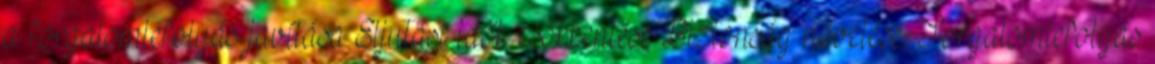
a forgalomlefolyás javítása Eljutási idők csökkentése Biztonság növelése Forgalomlefolyás